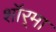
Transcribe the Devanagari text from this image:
शॉर्‌मा